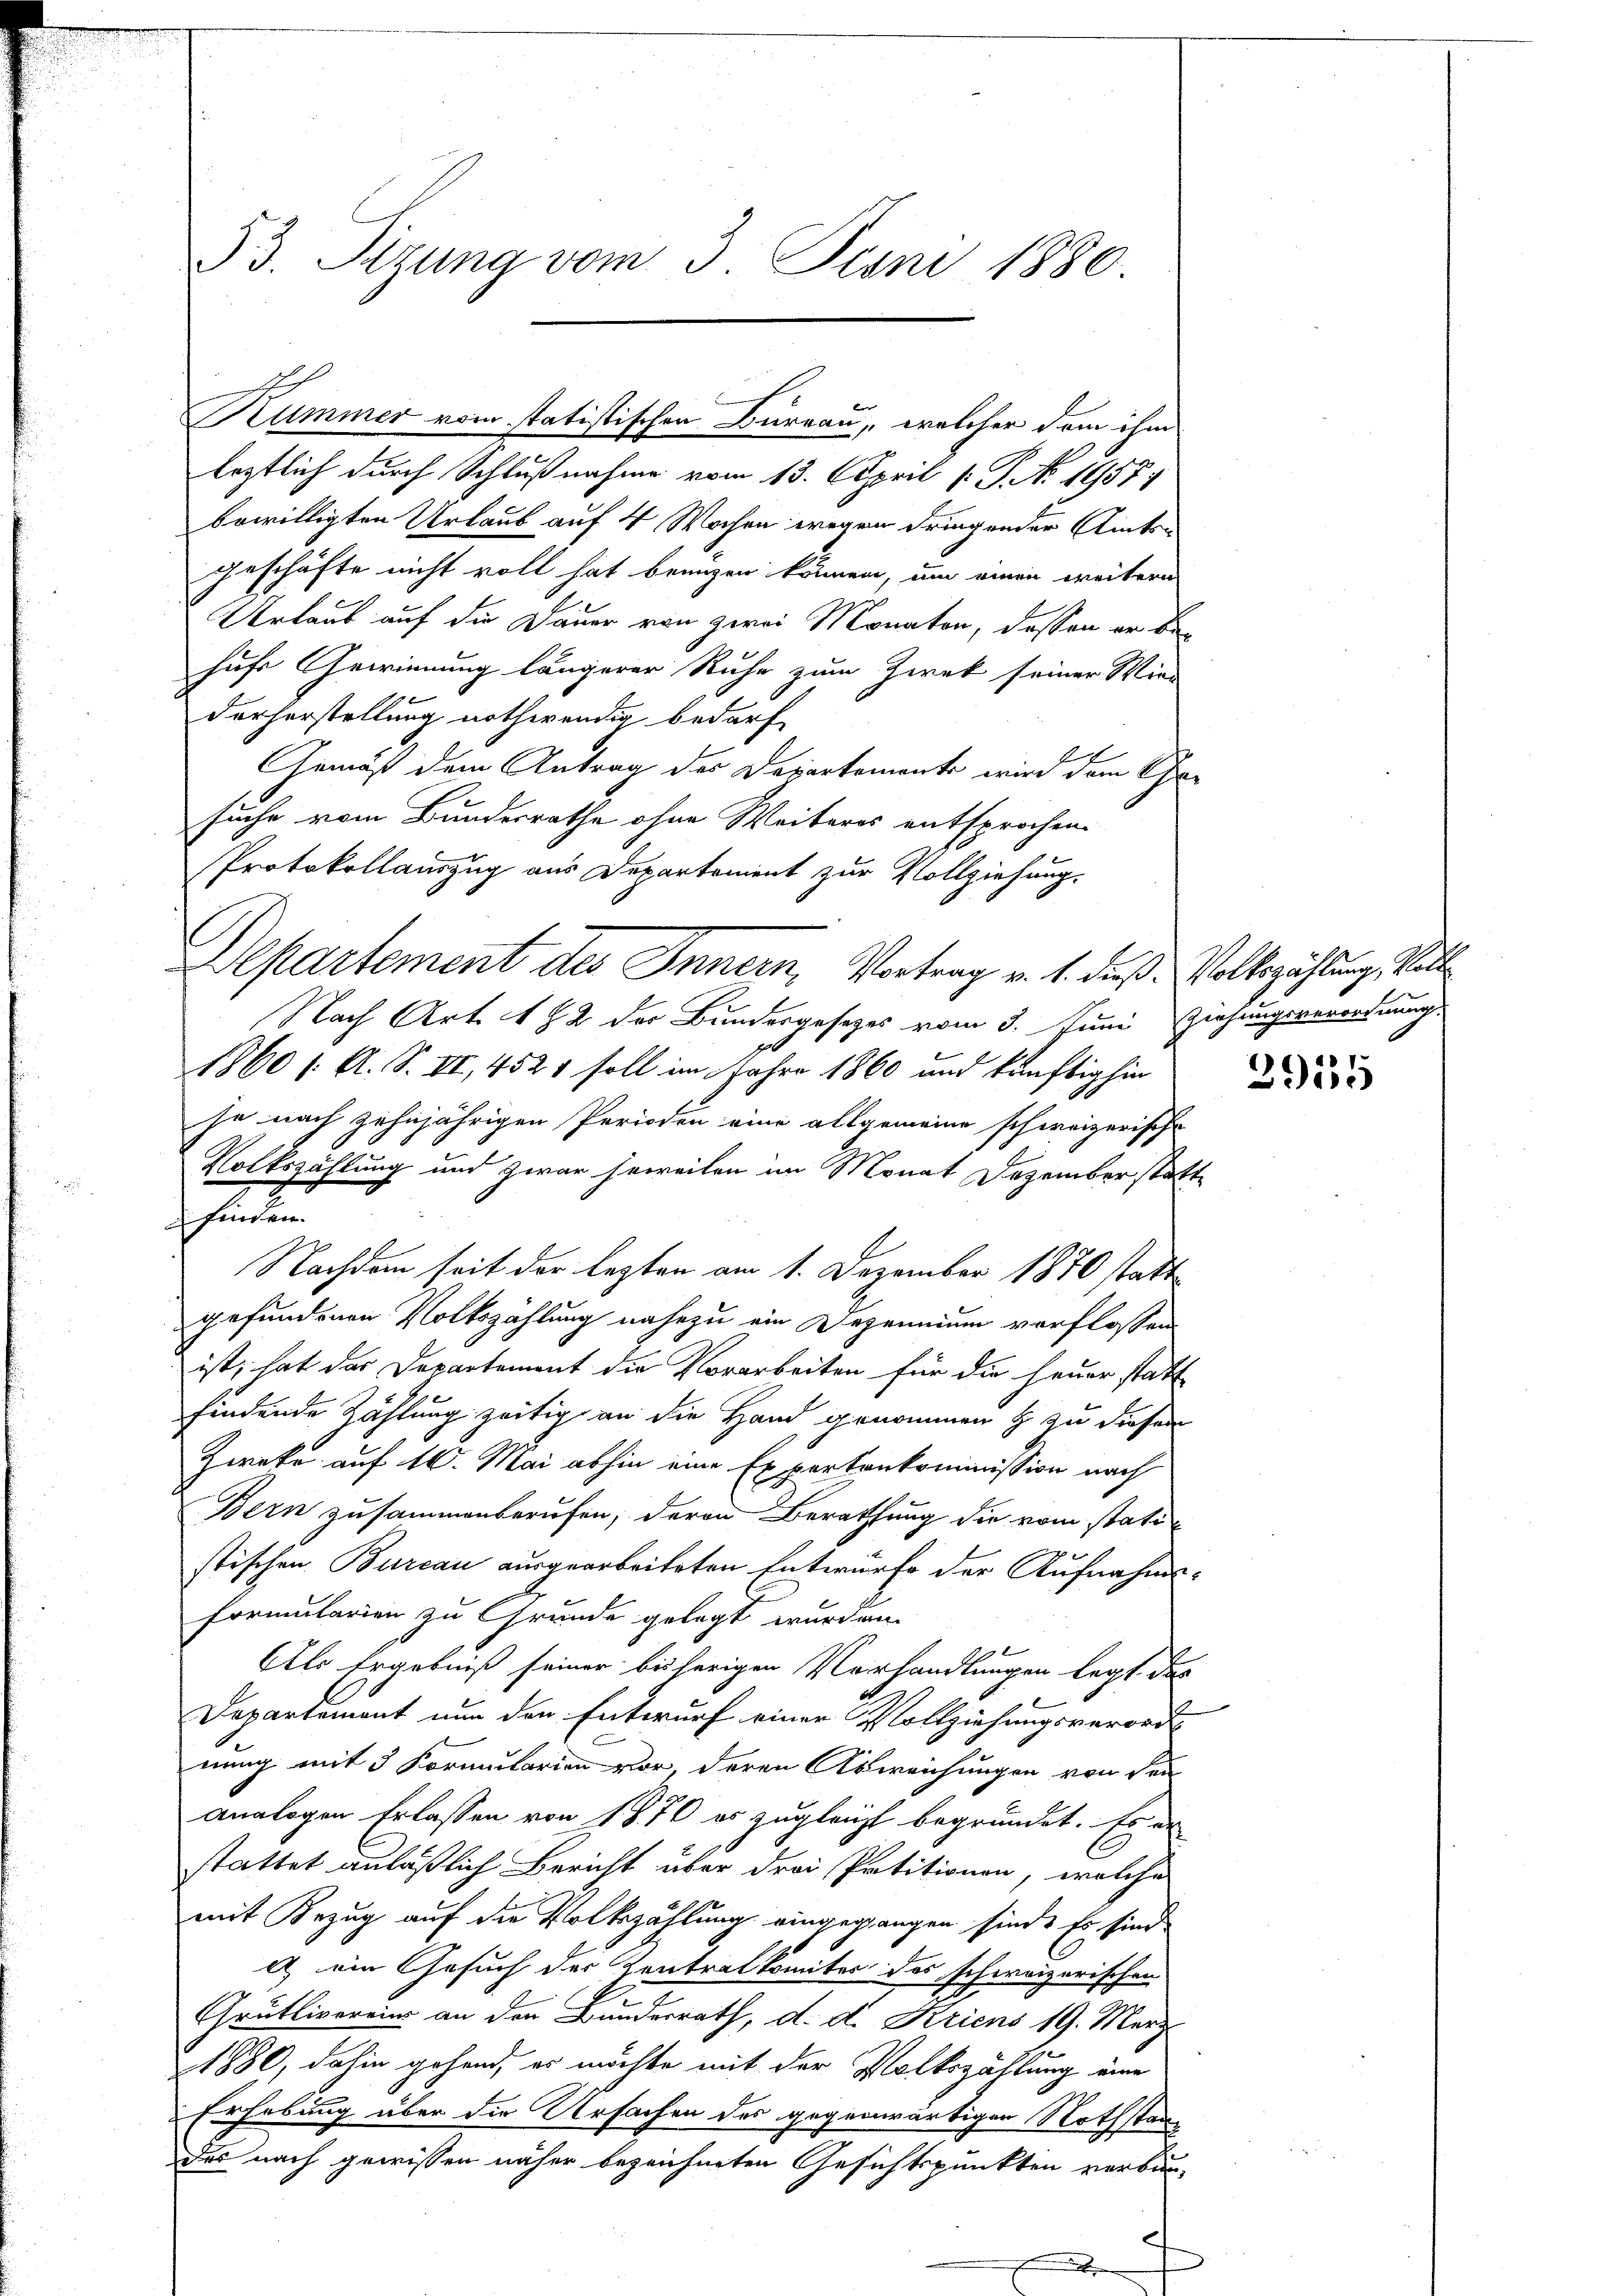
33. Sizung vom 3. Juni 1880.

leztlich durch Schlußnahme vom 13. April [ P. No. 1957,
bewilligten Urlaub auf 4 Wochen wegen dringender Amtsgeschäfte nicht voll hat bringen können, um einen weitere
Urlaub auf die Dauer von zwei Monaten, dessen er behufe Gewinnung längerer Ruhe zum Zweck seiner Wien
dorherstellung nothwendig bedarf
Gemäß dem Antrag des Departements wird dem Cha-
suche vom Bundesrathe ohne Weiteres entsprochen.
Protokollauszug aus Departement zur Vollziehung.
Nach Art. 182 der Bundesgesetzes vom 3. Juni Ziehungsverordnung
1860 /: A. S. VI, 4521 soll im Jahre 1860 und künftighin
je nach zehnjährigen Perioden eine allgemeine schweizerische
Volkszählung und zwar jeweilen im Monat Dezember statte
finden.
Nachdem seit der lezten am 1. Dezember 1870 statt
gefundenen Volkszählung nahezu ein Depennium verflossen
ist, hat des Departement die Vorarbeiten für die Feuer statt
findende Zählung zeitig an die Hand genommen & zu diesen
Zweke auf 10. Mai abhin eine Expertenkommission nach
Bern zusammenberufen, deren Berathung die vom statistischen Bureau ausgearbeiteten Entwurfe der Aufnahms-
Formularien zu Grunde gelegt wurden.
Als Ergebniß seiner bisherigen Verhandlungen legt das
Departement nun den Entwurf einer Vollziehungsverord-
nung mit 5 Formularien vor, deren Abweichungen von den
analogen Erlassen von 1870 es zugleicht begründet. Es er
stattet anläßlich Bericht über drei Petitionen, welches
mit Bezug auf die Volkszählung eingegangen sind. Es sind
1 ein Gesuch der Zentrat komiter das schweizerischen
Grütlivereins an den Bundesrath, d. d. Kriens 19. März
1880, dahin gehend, es möchte mit der Volkszählung eine
Erhebung über die Ursachen des gegenwärtigen Nothstan-
des nach gewissen näher bezeichneten Gesichtspunkten verbun¬

Kummer vom statistischen Bureau, welcher dem ihm

Departement des Innern, Vortrag v. 1. dieß u Volkszählung, Voll

3915